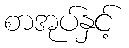
စာအုပ်နှင့်